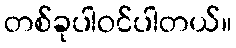
တစ်ခုပါဝင်ပါတယ်။